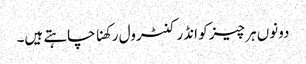
دونوں ہر چیز کو انڈر کنٹرول رکھنا چاہتے ہیں۔